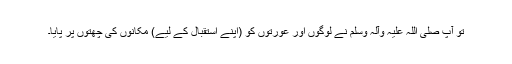
تو آپ صلی اللہ علیہ وآلہ وسلم نے لوگوں اور عورتوں کو (اپنے استقبال کے لیے) مکانوں کی چھتوں پر پایا۔